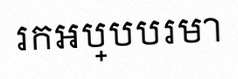
រកអប្បបរមា